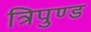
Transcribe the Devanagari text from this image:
त्रिपुण्ड